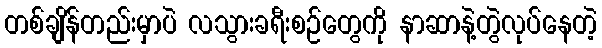
တစ်ချိန်တည်းမှာပဲ လသွားခရီးစဉ်တွေကို နာဆာနဲ့တွဲလုပ်နေတဲ့